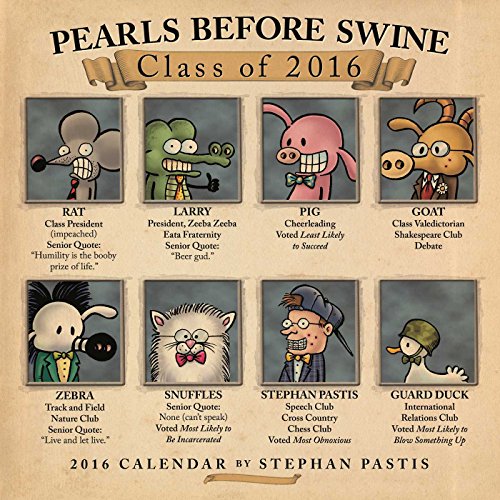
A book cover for Pearls Before Swine 2016 Wall Calendar; Stephan Pastis; Calendars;